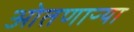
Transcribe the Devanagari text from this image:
ओतणाऱ्या